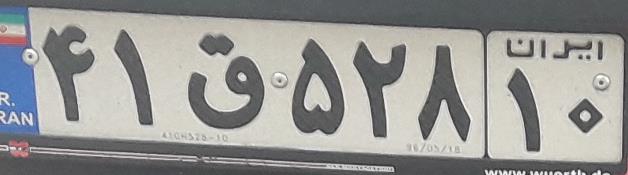
۴۱ق۵۲۸۱۰